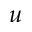
u